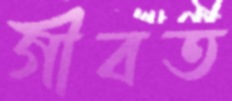
গীবত